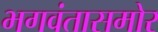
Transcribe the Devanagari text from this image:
भगवंतासमोर